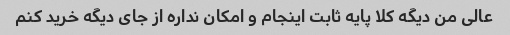
عالی من دیگه کلا پایه ثابت اینجام و امکان نداره از جای دیگه خرید کنم